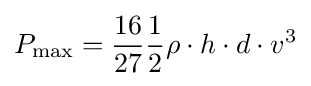
P_{\mathrm {max} }={\frac {16}{27}}{\frac {1}{2}}\rho \cdot h\cdot d\cdot v^{3}